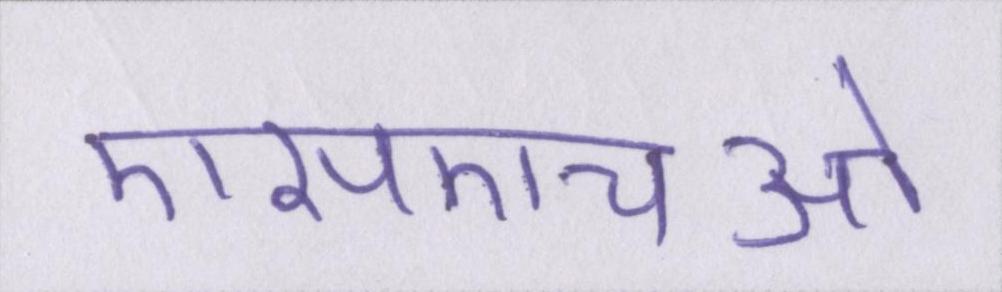
एसएचओ